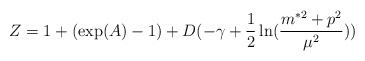
\begin{align*}Z=1+(\exp(A)-1)+D(-\gamma+\frac{1}{2}\ln(\frac{m^{\ast2}+p^{2}}{\mu^{2}}))\end{align*}